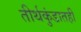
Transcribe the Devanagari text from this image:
तीर्थकुंडातही